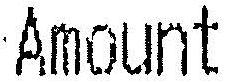
AMOUNT